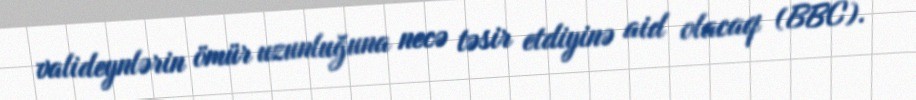
valideynlərin ömür uzunluğuna necə təsir etdiyinə aid olacaq (BBC).